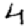
Digit: 4